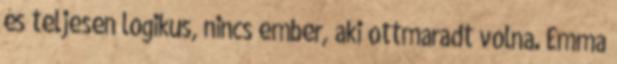
és teljesen logikus, nincs ember, aki ottmaradt volna. Emma